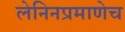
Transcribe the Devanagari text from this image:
लेनिनप्रमाणेच